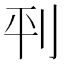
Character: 𫥶